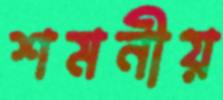
শমনীয়